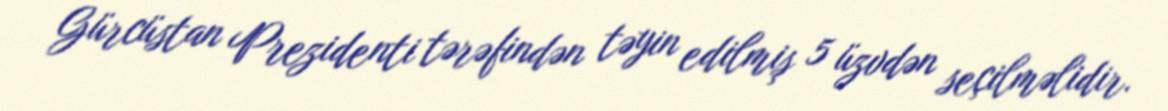
Gürcüstan Prezidenti tərəfindən təyin edilmiş 5 üzvdən seçilməlidir.